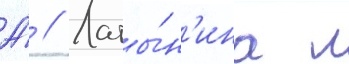
А́ // Латы́н'ина л